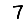
Digit: 7